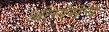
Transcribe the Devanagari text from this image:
अंतरंगच